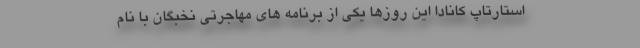
استارتاپ کانادا این روزها یکی از برنامه های مهاجرتی نخبگان با نام